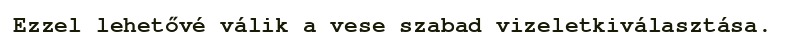
Ezzel lehetővé válik a vese szabad vizeletkiválasztása.